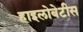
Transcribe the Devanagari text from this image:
हाइलोबेटीस